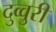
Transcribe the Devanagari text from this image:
दुव्वुरी